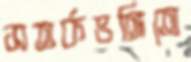
সতর্কভঙ্গিতে